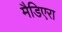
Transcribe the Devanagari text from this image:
मैडिएरा